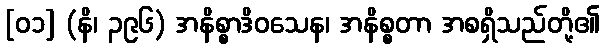
[၀၁] (နိ၊ ၃၉၆) အနိစ္စာဒိဝသေန၊ အနိစ္စတာ အစရှိသည်တို့၏